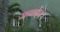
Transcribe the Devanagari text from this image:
जनार्दनः।